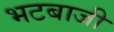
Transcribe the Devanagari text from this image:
भटबाजी